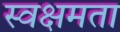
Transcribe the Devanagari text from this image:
स्वक्षमता